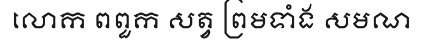
លោក ពពួក សត្វ ព្រមទាំង សមណ